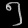
Digit: ၅